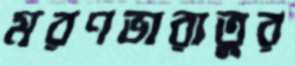
মরণভারাতুর